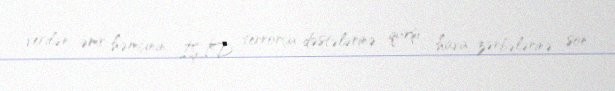
verilən əmr həmçinin İŞİD terrorçu dəstələrinə qarşı hava zərbələrinə son